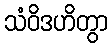
သံဝိဒဟိတွာ